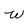
Character: W